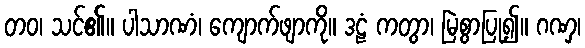
တဝ၊ သင်၏။ ပါသာဏံ၊ ကျောက်ဖျာကို။ ဒဠံ ကတွာ၊ မြဲစွာပြု၍။ ဂဏှ၊